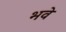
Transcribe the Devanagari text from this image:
भवे